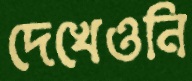
দেখেওনি